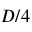
D / 4